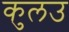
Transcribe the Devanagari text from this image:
कुलउ